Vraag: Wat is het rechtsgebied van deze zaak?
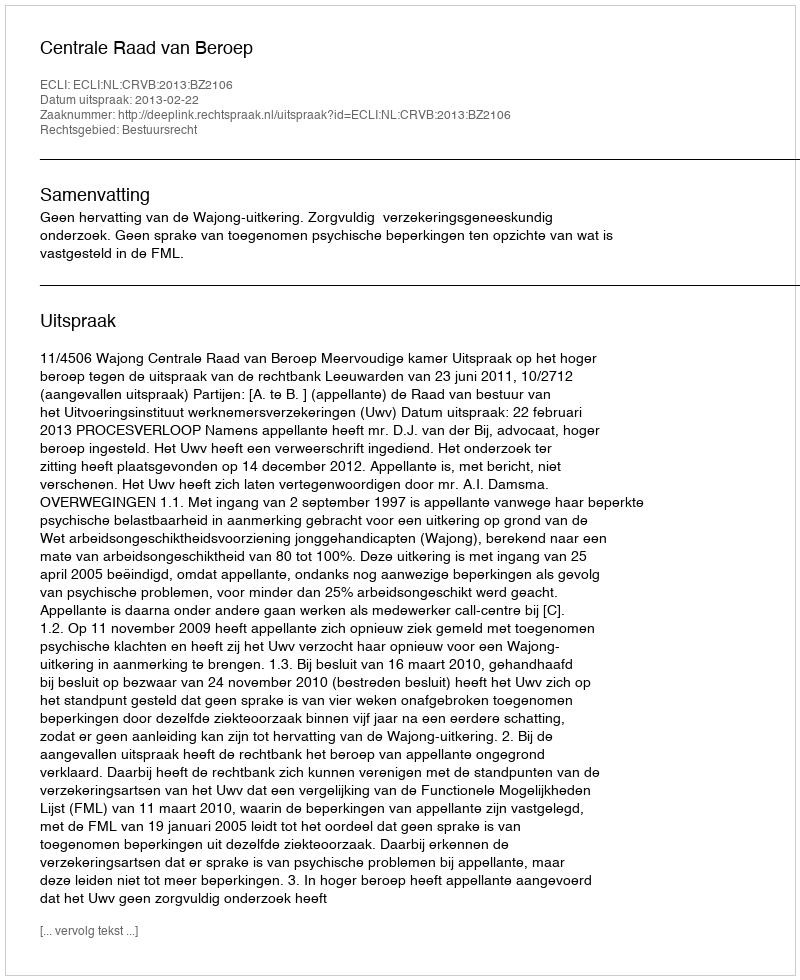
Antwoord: Bestuursrecht